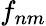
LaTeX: f_{nm}